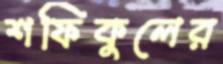
শফিকুলের